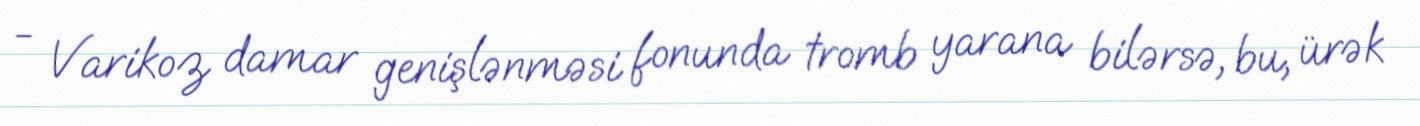
- Varikoz damar genişlənməsi fonunda tromb yarana bilərsə, bu, ürək